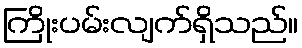
ကြိုးပမ်းလျက်ရှိသည်။